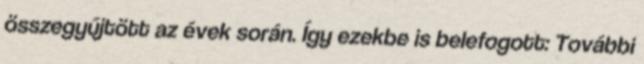
összegyűjtött az évek során. Így ezekbe is belefogott: További